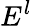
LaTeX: E^{l}